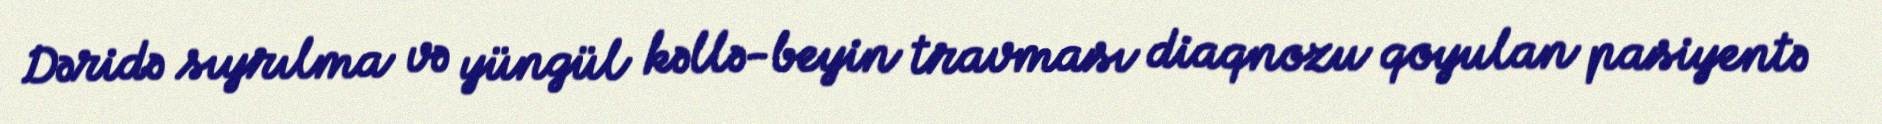
Dəridə sıyrılma və yüngül kəllə-beyin travması diaqnozu qoyulan pasiyentə